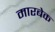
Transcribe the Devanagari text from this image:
मारबेक